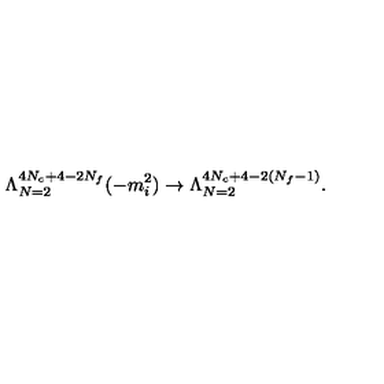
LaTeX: \Lambda _ { N = 2 } ^ { 4 N _ { c } + 4 - 2 N _ { f } } ( - m _ { i } ^ { 2 } ) \rightarrow \Lambda _ { N = 2 } ^ { 4 N _ { c } + 4 - 2 ( N _ { f } - 1 ) } .